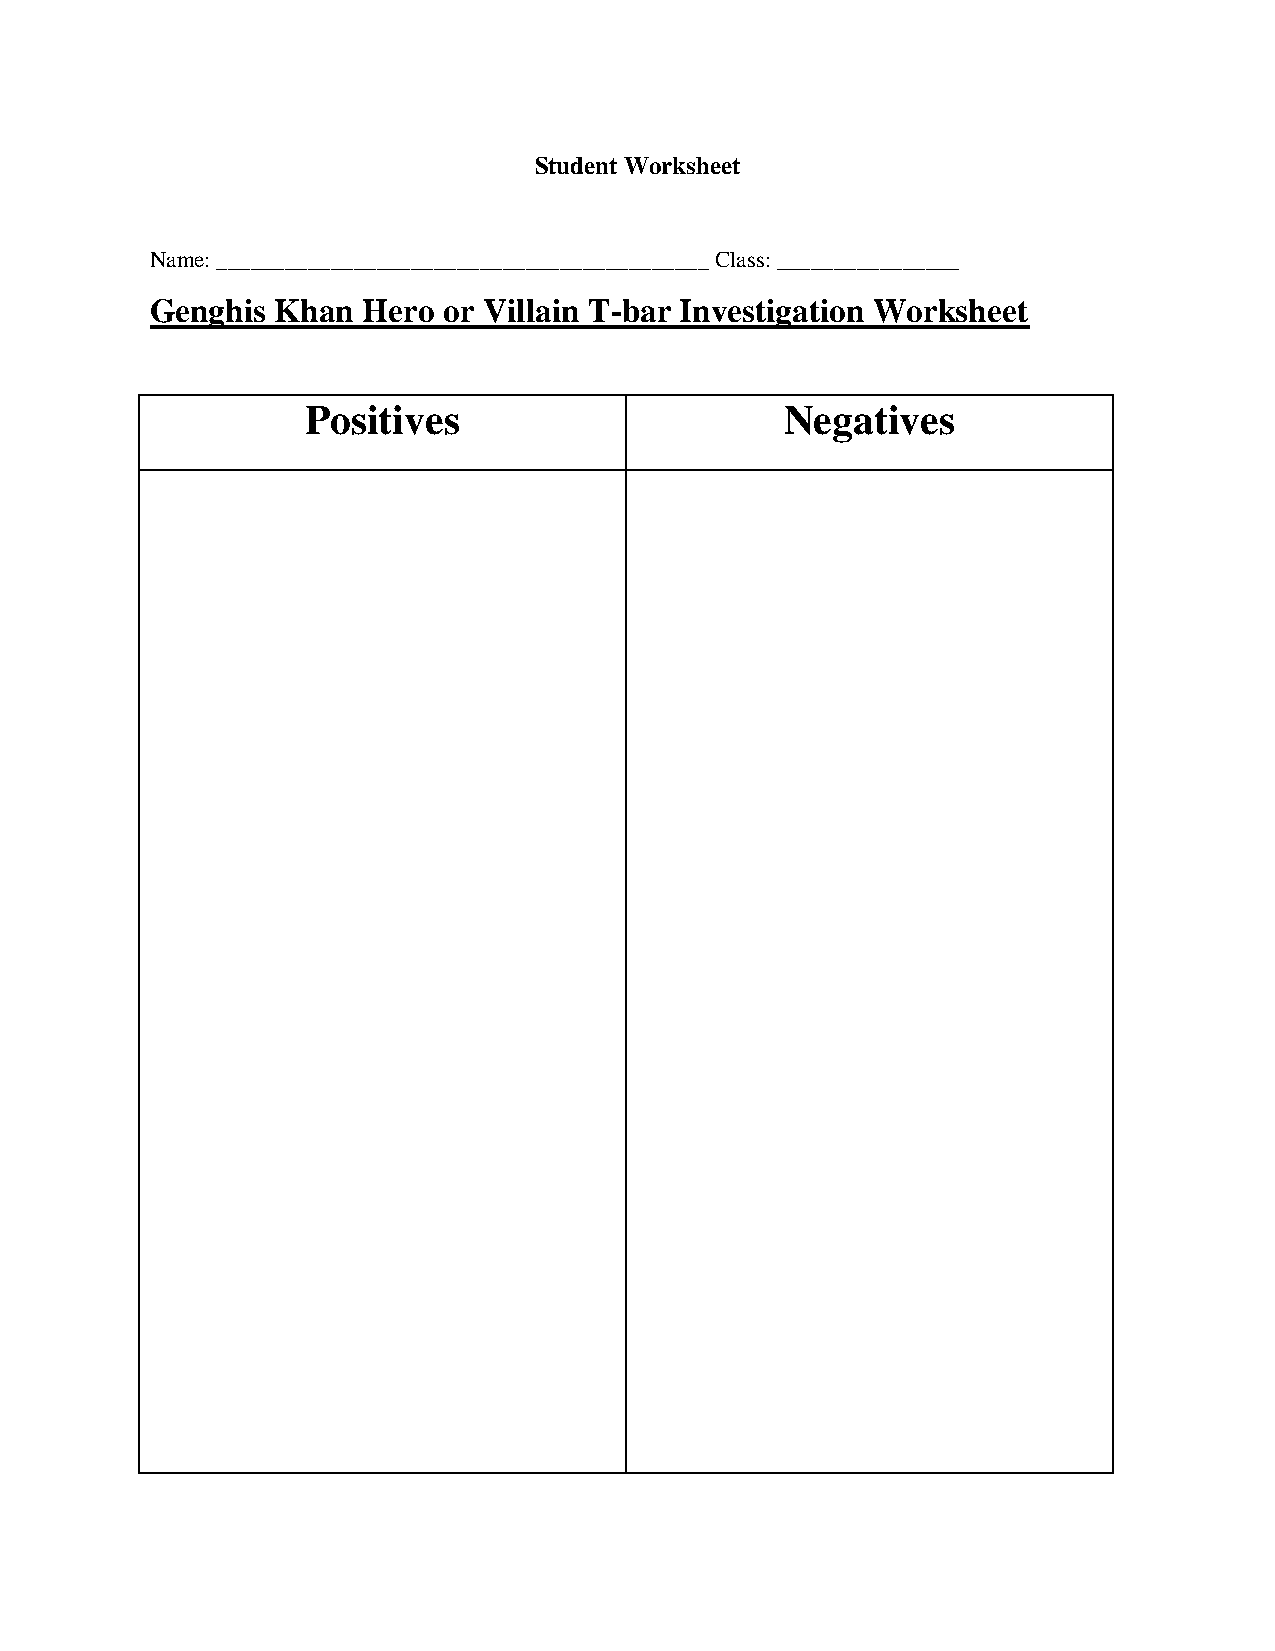
Student Worksheet
 Name: ___________________________________________ Class: ________________
 Genghis Khan  Hero or Villain T-bar Investigation Worksheet
 Positives                       Negatives